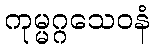
ကုမ္မဂ္ဂသေဝနံ